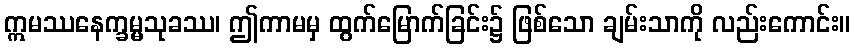
ဣမဿနေက္ခမ္မသုခဿ၊ ဤကာမမှ ထွက်မြောက်ခြင်း၌ ဖြစ်သော ချမ်းသာကို လည်းကောင်း။